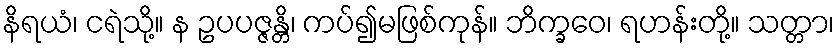
နိရယံ၊ ငရဲသို့။ န ဥပပဇ္ဇန္တိ၊ ကပ်၍မဖြစ်ကုန်။ ဘိက္ခဝေ၊ ရဟန်းတို့။ သတ္တာ၊